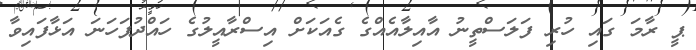
ޕީ ރާމަ ގައި ހުރި ފަލަސްތީނު އާއިލާއެއްގެ ގެއަކަށް އިސްރާއީލުގެ ހައްދުފަހަނަ އަޅާފައިވާ